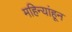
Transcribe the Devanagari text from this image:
महिन्यांहून